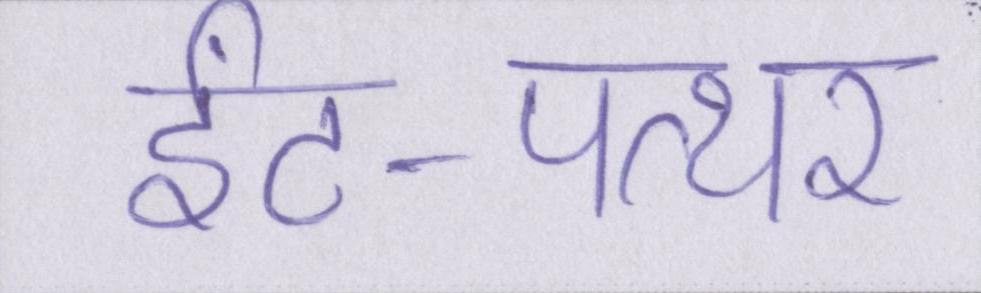
ईंट-पत्थर